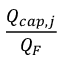
\displaystyle \frac { Q _ { c a p , j } } { Q _ { F } }